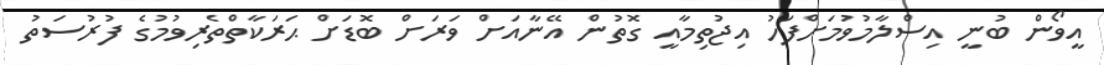
އީވޯން ބުނީ އިސްލާމުވުމަށްފަހު އިޖުތިމާއީ ގޮތުން އޭނާއަށް ވަރަށް ބޮޑަށް ޙަރަކާތްތެރިވުމުގެ ފުރުސަތު